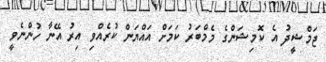
ޖަމްޝީދު އެ ކޮމިޝަންގެ މެމްބަރު ކަމަށް އައްޔަން ކުރެއްވި އިރު އޭނާ ހުންނެވީ